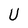
Character: U